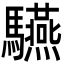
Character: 驠